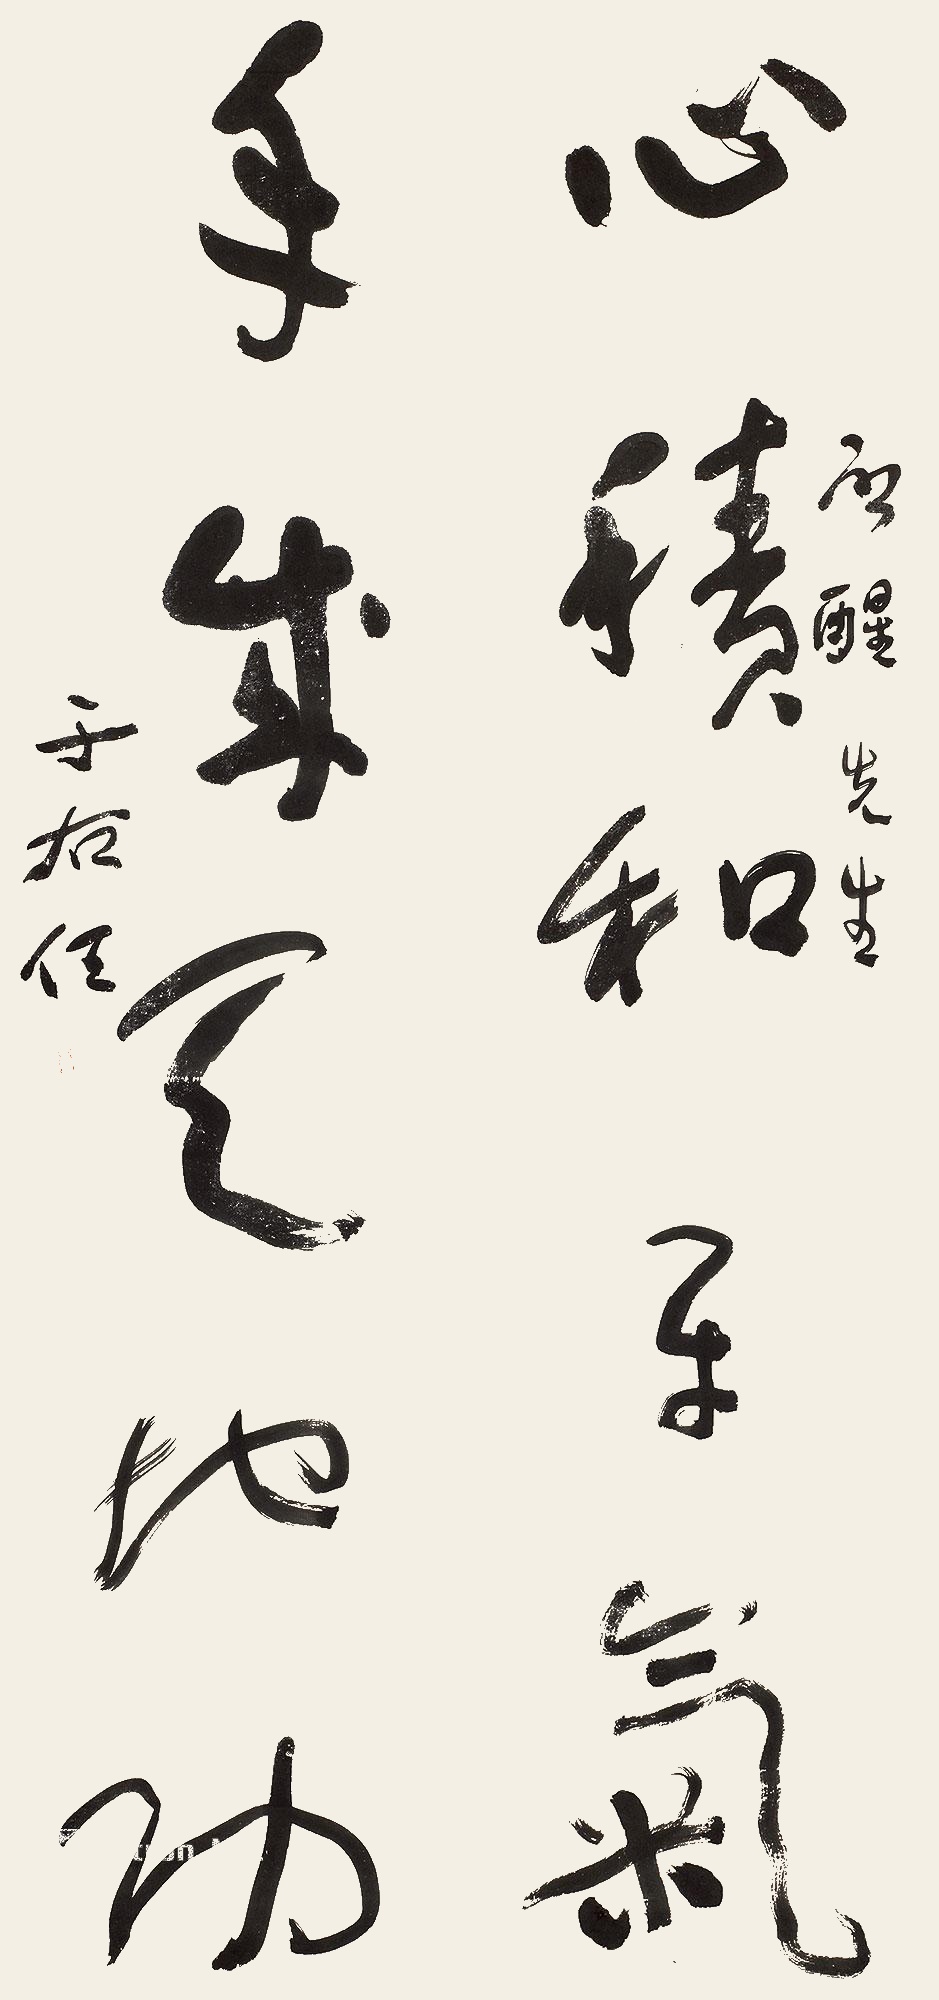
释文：心积和平气，手成天地功。启醒先生，于右任。